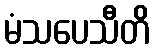
မံသပေသီတိ